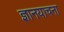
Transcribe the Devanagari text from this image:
ज्ञानयाचना